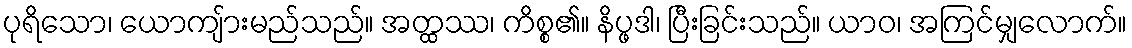
ပုရိသော၊ ယောကျ်ားမည်သည်။ အတ္ထဿ၊ ကိစ္စ၏။ နိပ္ဖဒါ၊ ပြီးခြင်းသည်။ ယာဝ၊ အကြင်မျှလောက်။